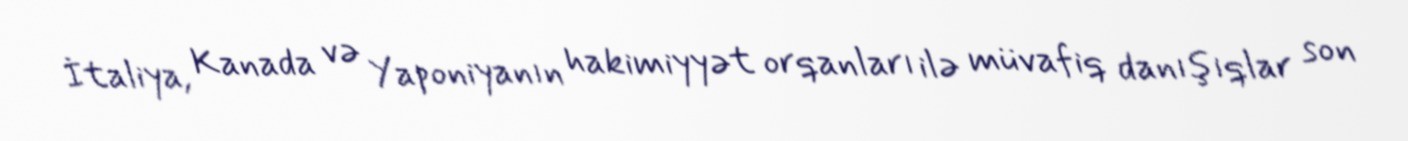
İtaliya, Kanada və Yaponiyanın hakimiyyət orqanları ilə müvafiq danışıqlar son